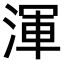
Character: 渾